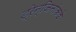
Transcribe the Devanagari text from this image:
ड्रेन्जिनांकडे